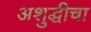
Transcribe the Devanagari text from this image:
अशुद्धीचा